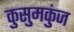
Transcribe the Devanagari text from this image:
कुसुमकुंज